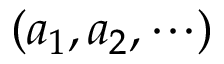
( a _ { 1 } , a _ { 2 } , \cdots )